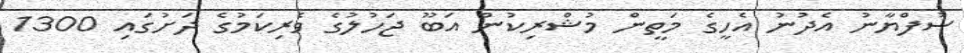
ސުފްޔާނު އެދުނު އެހީގެ މަތީން މުޝްރިކުން އަބޫ ޖަހުލުގެ ވެރިކަމުގެ ދަށުގައި 1300